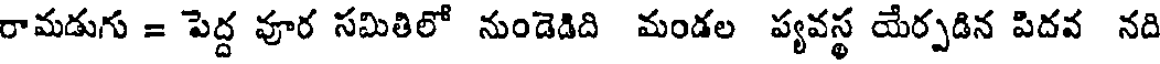
రామడుగు = పెద్ద వూర సమితిలో నుండెడిది మండల ప్యవస్థ యేర్పడిన పిదవ నది